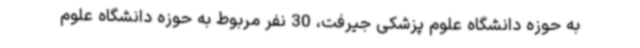
به حوزه دانشگاه علوم پزشکی جیرفت، 30 نفر مربوط به حوزه دانشگاه علوم